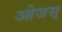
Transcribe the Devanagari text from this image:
ओजस्‌